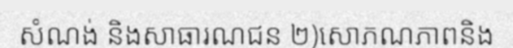
សំណង់ និងសាធារណជន ២)សោភណភាពនិង